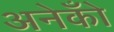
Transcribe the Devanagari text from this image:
अनेकोँ